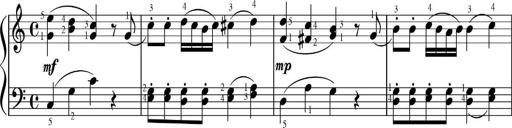
Title: Sonatinas
Composer: Andrew Violette